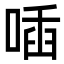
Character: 喢